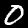
Digit: 0